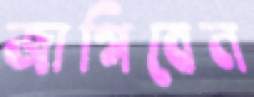
জাগিবেন